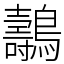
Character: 𪇘